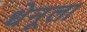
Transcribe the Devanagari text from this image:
धेनूला